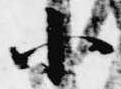
小